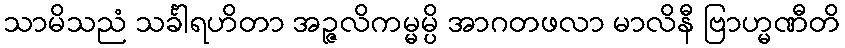
သာမိသညံ သင်္ခါရဟိတာ အဉ္ဇလိကမ္မမ္ပိ အာဂတဖလာ မာလိနီ ဗြာဟ္မဏီတိ